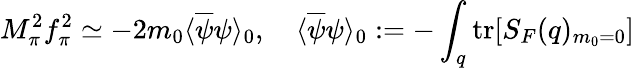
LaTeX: M_{\pi}^{2}f_{\pi}^{2}\simeq-2m_{0}\langle\overline{{{\psi}}}\psi\rangle_{0},\quad\langle\overline{{{\psi}}}\psi\rangle_{0}:=-\int_{q}\mathrm{tr}[S_{F}(q)_{m_{0}=0}]